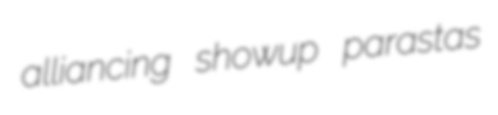
alliancing showup parastas